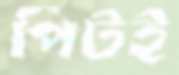
পিটই